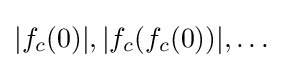
|f_{c}(0)|,|f_{c}(f_{c}(0))|,\dotsc